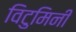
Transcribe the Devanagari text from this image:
विटुमिनी